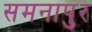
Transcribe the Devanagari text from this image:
समनापुर